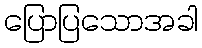
ပြောပြသောအခါ